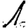
Digit: 1